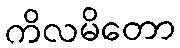
ကိလမိတော